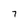
Character: 7